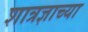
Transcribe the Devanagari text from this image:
शात्रज्ञाच्या